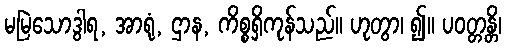
မမြဲသောဒွါရ, အာရုံ, ဌာန, ကိစ္စရှိကုန်သည်။ ဟုတွာ၊ ၍။ ပဝတ္တန္တိ၊